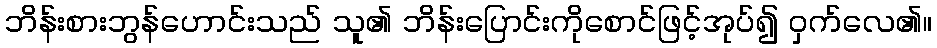
ဘိန်းစားဘွန်ဟောင်းသည် သူ၏ ဘိန်းပြောင်းကိုစောင်ဖြင့်အုပ်၍ ဝှက်လေ၏။